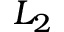
L _ { 2 }